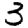
Digit: 3